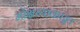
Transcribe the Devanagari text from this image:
मोक्षस्याकाङ्क्षा